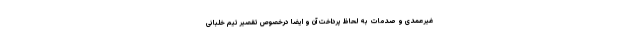
غیرعمدی و صدمات به لحاظ پرداخت آن و ایضا درخصوص تقصیر تیم خلبانی